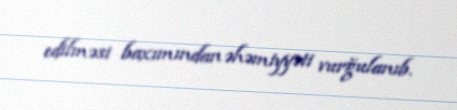
edilməsi baxımından əhəmiyyəti vurğulanıb.